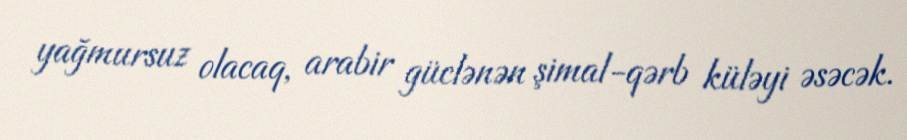
yağmursuz olacaq, arabir güclənən şimal-qərb küləyi əsəcək.